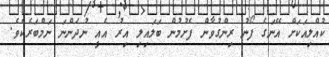
ކުއްލިއަކަށް އޭނަގެ ފޯނު ރިންގުވާން ފެށުމުން ބަލައިލި އިރު އެއީ ނުދަންނަ ނަމްބަރެކެވެ.